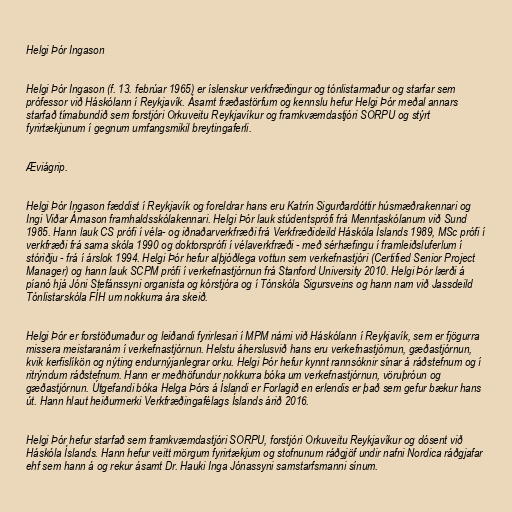
Helgi Þór Ingason

Helgi Þór Ingason (f. 13. febrúar 1965) er íslenskur verkfræðingur og tónlistarmaður og starfar sem
prófessor við Háskólann í Reykjavík. Ásamt fræðastörfum og kennslu hefur Helgi Þór meðal annars
starfað tímabundið sem forstjóri Orkuveitu Reykjavíkur og framkvæmdastjóri SORPU og stýrt
fyrirtækjunum í gegnum umfangsmikil breytingaferli.

Æviágrip.

Helgi Þór Ingason fæddist í Reykjavík og foreldrar hans eru Katrín Sigurðardóttir húsmæðrakennari og
Ingi Viðar Árnason framhaldsskólakennari. Helgi Þór lauk stúdentsprófi frá Menntaskólanum við Sund
1985. Hann lauk CS prófi í véla- og iðnaðarverkfræði frá Verkfræðideild Háskóla Íslands 1989, MSc prófi í
verkfræði frá sama skóla 1990 og doktorsprófi í vélaverkfræði - með sérhæfingu í framleiðsluferlum í
stóriðju - frá í árslok 1994. Helgi Þór hefur alþjóðlega vottun sem verkefnastjóri (Certified Senior Project
Manager) og hann lauk SCPM prófi í verkefnastjórnun frá Stanford University 2010. Helgi Þór lærði á
píanó hjá Jóni Stefánssyni organista og kórstjóra og í Tónskóla Sigursveins og hann nam við Jassdeild
Tónlistarskóla FÍH um nokkurra ára skeið.

Helgi Þór er forstöðumaður og leiðandi fyrirlesari í MPM námi við Háskólann í Reykjavík, sem er fjögurra
missera meistaranám í verkefnastjórnun. Helstu áherslusvið hans eru verkefnastjórnun, gæðastjórnun,
kvik kerfislíkön og nýting endurnýjanlegrar orku. Helgi Þór hefur kynnt rannsóknir sínar á ráðstefnum og í
ritrýndum ráðstefnum. Hann er meðhöfundur nokkurra bóka um verkefnastjórnun, vöruþróun og
gæðastjórnun. Útgefandi bóka Helga Þórs á Íslandi er Forlagið en erlendis er það sem gefur bækur hans
út. Hann hlaut heiðurmerki Verkfræðingafélags Íslands árið 2016.

Helgi Þór hefur starfað sem framkvæmdastjóri SORPU, forstjóri Orkuveitu Reykjavíkur og dósent við
Háskóla Íslands. Hann hefur veitt mörgum fyrirtækjum og stofnunum ráðgjöf undir nafni Nordica ráðgjafar
ehf sem hann á og rekur ásamt Dr. Hauki Inga Jónassyni samstarfsmanni sínum.